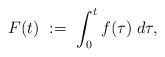
LaTeX: \begin{align*}F(t)\ :=\ \int_0^tf(\tau)\;d\tau,\end{align*}